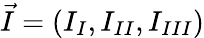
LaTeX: \vec{I}=(I_{I},I_{II},I_{III})